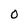
Character: 0